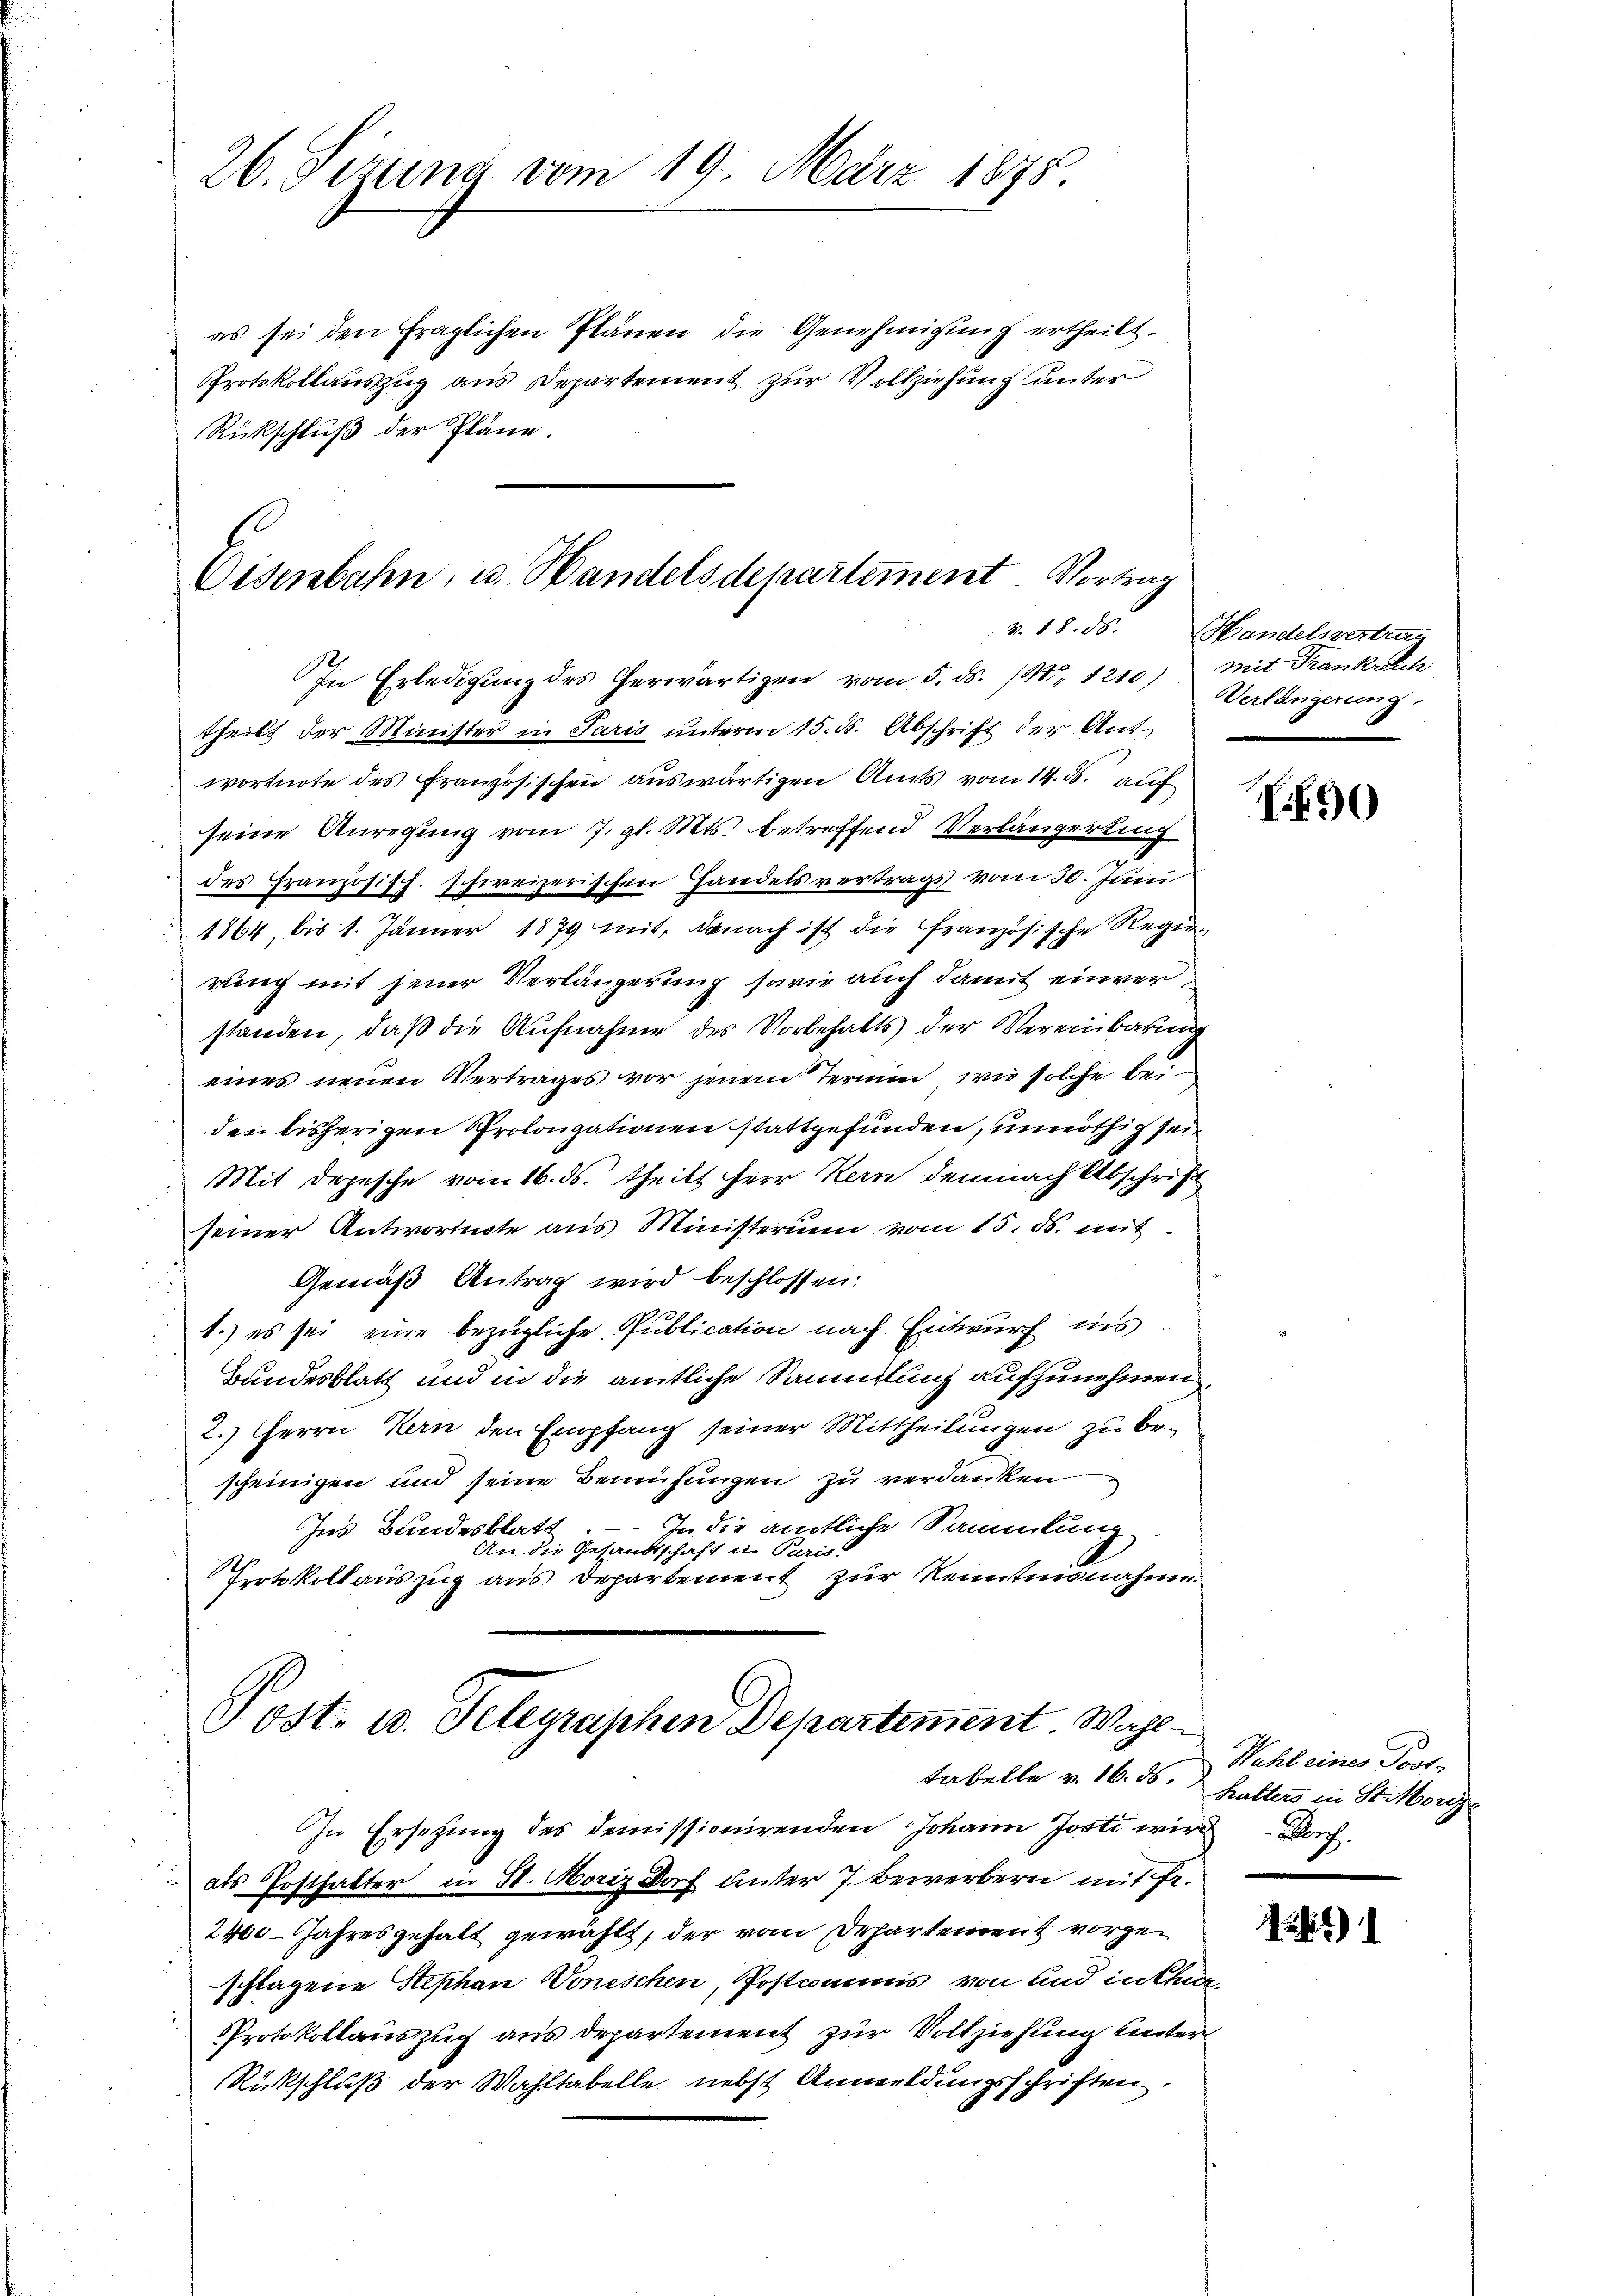
26. Sizung vom 19. März 1875.

es sei den fraglichen Plänen die Genehmigung ertheilt.
Protokollauszug aus Departement zur Vollziehung unter
Rückschluß der Pläne.

Eisenbahn, u. Handelsdepartement. Vortrag
v. 18. 85.

In Erledigung des herwärtigen vom 5. ds. /M. 1210) mit Frankreich
theilt der Minister in Paris unterm 15. d. Abschrift der Antwortnote des Französischen auswärtigen Amts vom 14. ds. auf
seine Anregung vom 7. gl. Mts. betreffend Verlängerung
des Französisch. schweizerischen Handelsvertrags vom 30. Juni
1864 bis 1. Jänner 1879 mit, danach ist die französische Regier
rung mit jener Verlängerung sowie auch damit einverstanden, daß die Aufnahme des Vorbehalts der Vereinbaren
eines neuen Vertrages vor jenem Termin, wie solche bei
den bisherigen Prolongationen stattgefunden, unnöthig sein
Mit Depesche vom 16. ds. theilt Herr Kern demnach Abschrift
seiner Antwortuite aus Ministerium vom 15. ds. mit
Gemäß Antrag wird beschlossen:
r
1.) es sei eine bezügliche Publication nach Entwurf ins
Bundesblatt und in die amtliche Sammlung aufzunehmen,
2.) Herrn Kern den Empfang seiner Mittheilungen zu bescheinigen und seine Bemühungen zu verdanken
In die amtliche Sammlung
Ins Bundesblatt
An die Gesandtschaft u. Paris.
Protokollauszug aus Departement zur Kenntnisnahme.

Post- u. Telegraphen Departement Wahl

In Ersetzung des Demissionirenden Johann Josti wird doch
als Posthalter in St. Moriz Dorf unter 7. Bewerbern mit Fr.
2400 Jahresgehalt gewählt, der vom Departement vorgeschlagene Stephan Vonischen, Postcommis von und in thun
Protokollauszug aus departement zur Vollziehung unter
Rückschluß der Wahltabelle nebst Anmeldungsschriften.

Handelsvertrag
Verlängerung.

.90)

Wahl eines Post-
tabelle v. 16. 56. Halters in St. Moriz

121)